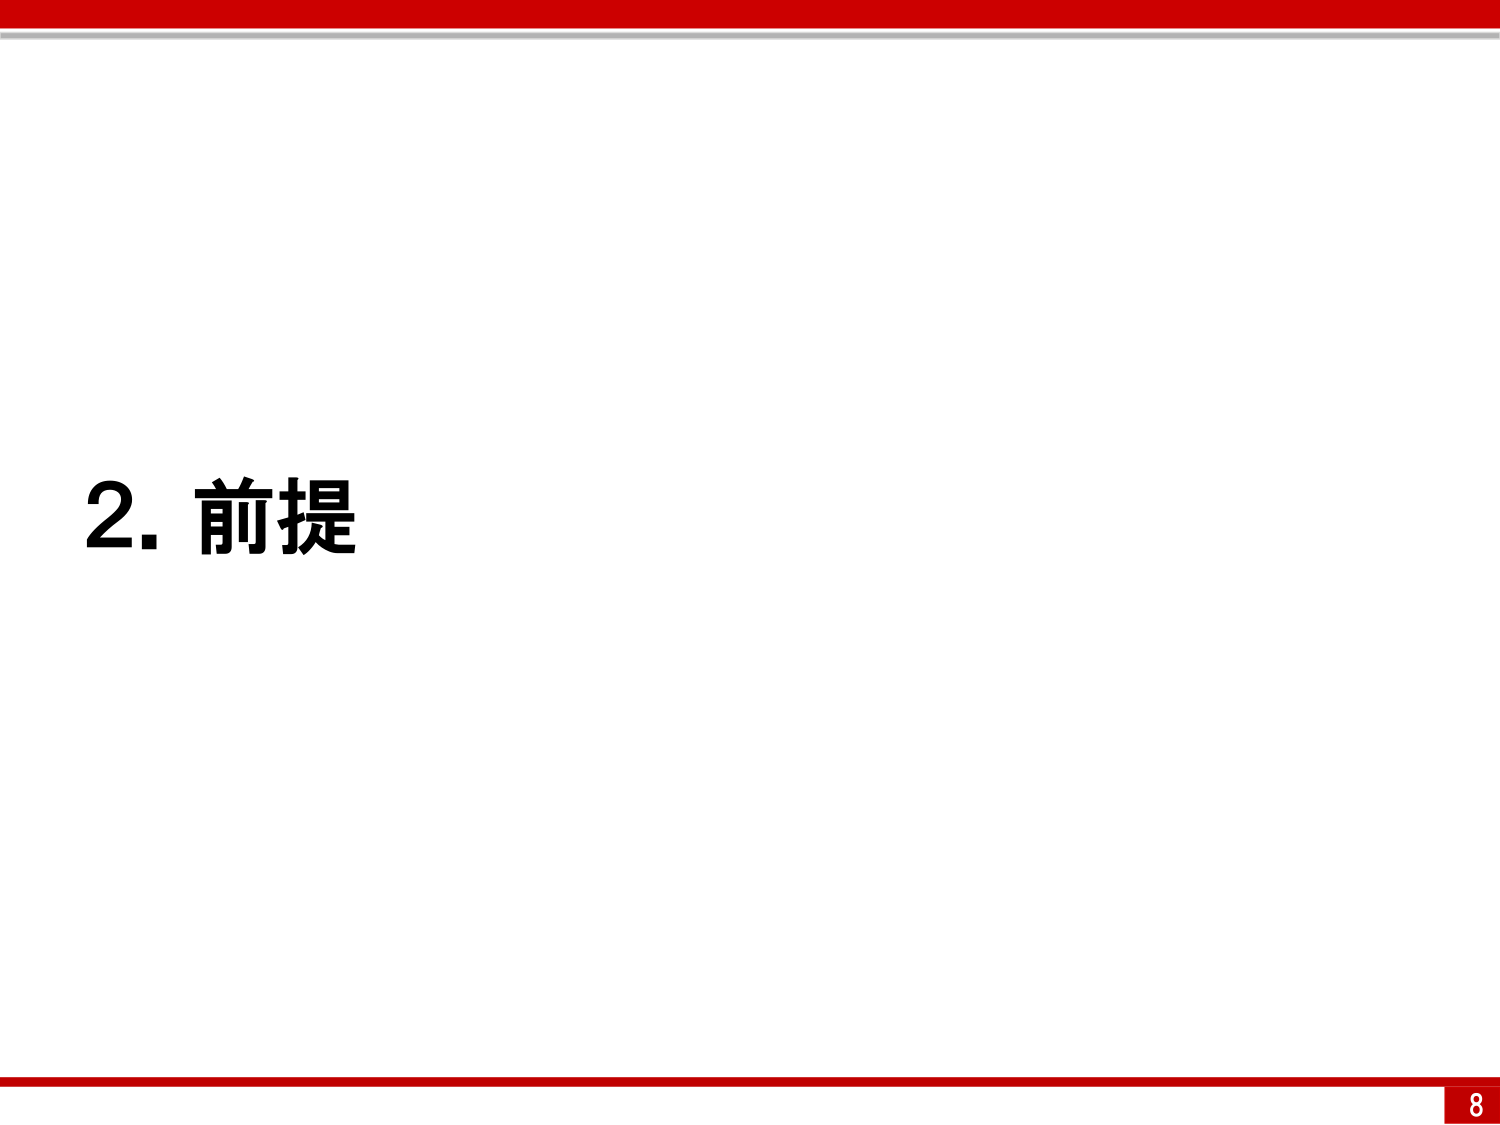
2. 前提
8